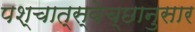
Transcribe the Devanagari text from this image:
पश्चात्स्वेच्छानुसार